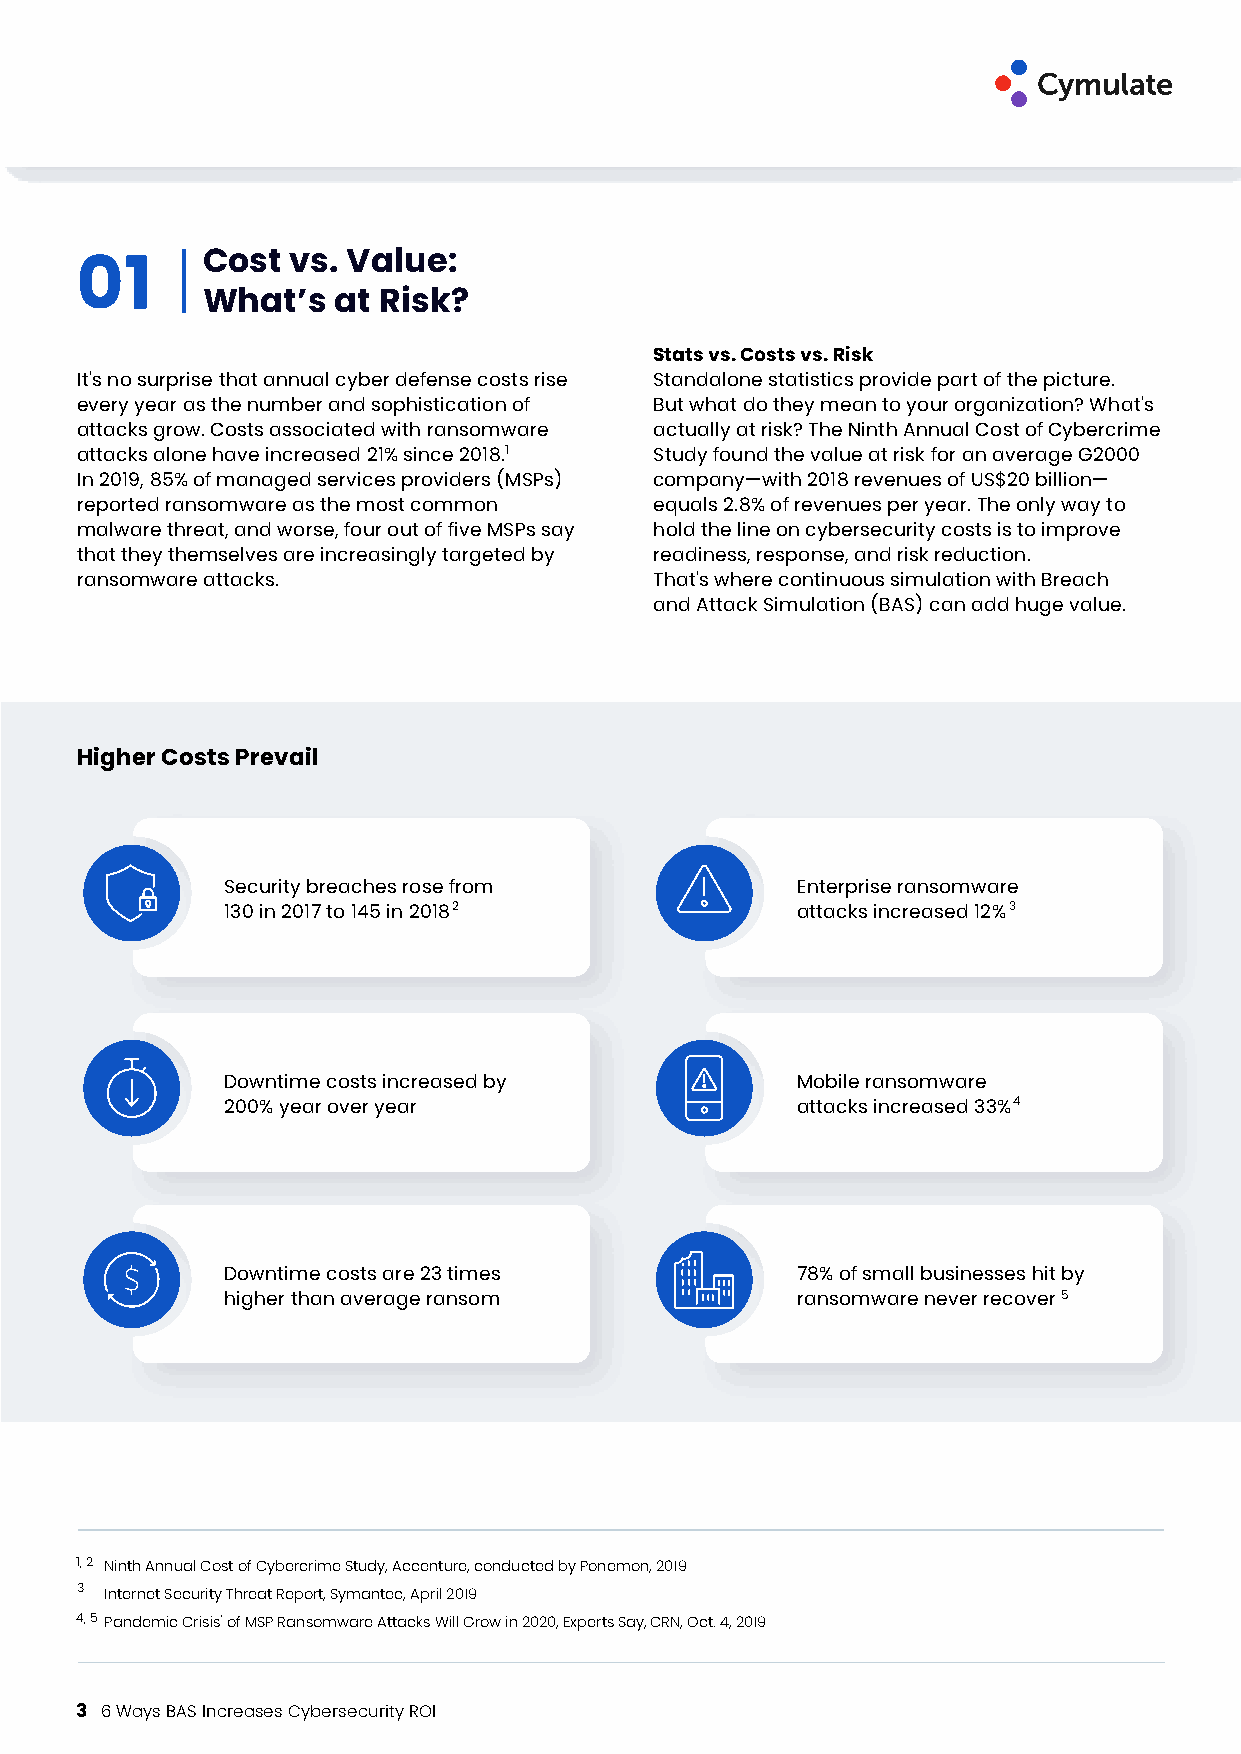
Cost  vs. Value:
 01
 What’s   at Risk?
 Stats vs. Costs vs. Risk
 It's no surprise that annual cyber defense costs rise Standalone statistics provide part of the picture.
 every year as the number and sophistication of But what do they mean to your organization? What's
 attacks grow. Costs associated with ransomware actually at risk? The Ninth Annual Cost of Cybercrime
 attacks alone have increased 21% since 2018.1 Study found the value at risk for an average G2000
 In 2019, 85% of managed services providers (MSPs) company—with 2018 revenues of US$20 billion—
 reported ransomware as the most common equals 2.8% of revenues per year. The only way to
 malware threat, and worse, four out of five MSPs say hold the line on cybersecurity costs is to improve
 that they themselves are increasingly targeted by readiness, response, and risk reduction.
 ransomware attacks.                   That's where continuous simulation with Breach
 and Attack Simulation (BAS) can add huge value.
 Higher Costs Prevail
 Security breaches rose from           Enterprise ransomware
 130 in 2017 to 145 in 20182           attacks increased 12%3
 Downtime costs increased by           Mobile ransomware
 200% year over year                   attacks increased 33%4
 Downtime costs are 23 times           78% of small businesses hit by
 higher than average ransom            ransomware never recover5
 1, 2 Ninth Annual Cost of Cybercrime Study, Accenture, conducted by Ponemon, 2019
 3
 Internet Security Threat Report, Symantec, April 2019
 4, 5 Pandemic Crisis' of MSP Ransomware Attacks Will Grow in 2020, Experts Say, CRN, Oct. 4, 2019
 3 6 Ways BAS Increases Cybersecurity ROI